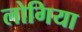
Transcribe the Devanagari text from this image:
लोगिया